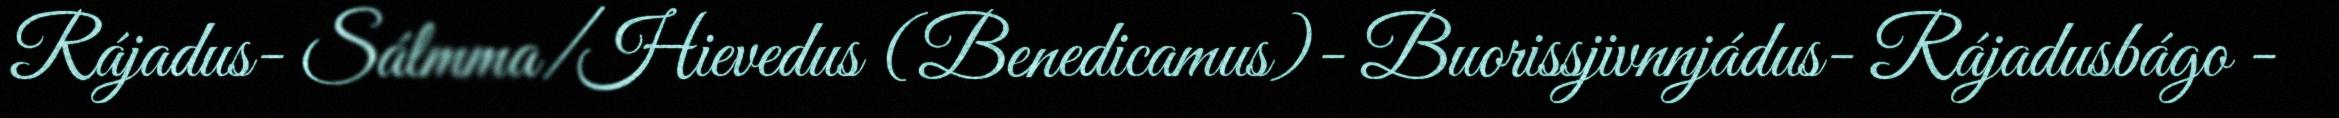
Rájadus- Sálmma/Hievedus (Benedicamus)- Buorissjivnnjádus- Rájadusbágo -